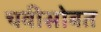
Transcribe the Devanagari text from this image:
चवीसोबत